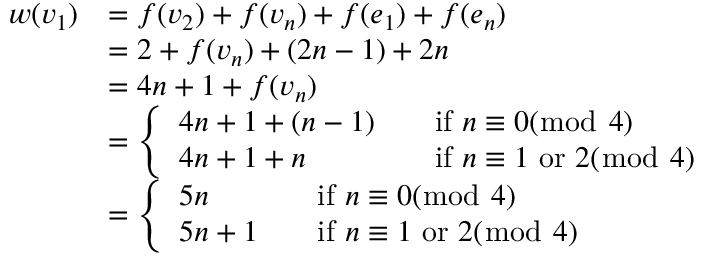
\begin{array} { r l } { w ( v _ { 1 } ) } & { = f ( v _ { 2 } ) + f ( v _ { n } ) + f ( e _ { 1 } ) + f ( e _ { n } ) } \\ & { = 2 + f ( v _ { n } ) + ( 2 n - 1 ) + 2 n } \\ & { = 4 n + 1 + f ( v _ { n } ) } \\ & { = \left\{ \begin{array} { l l } { 4 n + 1 + ( n - 1 ) \quad } & { \mathrm { i f ~ } n \equiv 0 ( \bmod ~ 4 ) } \\ { 4 n + 1 + n \quad } & { \mathrm { i f ~ } n \equiv 1 \mathrm { ~ o r ~ } 2 ( \bmod ~ 4 ) } \end{array} \right. } \\ & { = \left\{ \begin{array} { l l } { 5 n \quad } & { \mathrm { i f ~ } n \equiv 0 ( \bmod ~ 4 ) } \\ { 5 n + 1 \quad } & { \mathrm { i f ~ } n \equiv 1 \mathrm { ~ o r ~ } 2 ( \bmod ~ 4 ) } \end{array} \right. } \end{array}